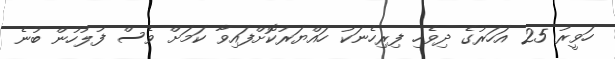
ހަވީރު 25 އަހަރުގެ ދިވެހި ފިރިހެނަކު ހައްޔަރުކޮށްފައިވާ ކަމަށް ވެސް ފުލުހުން ބުނެ